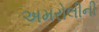
અમરોલીની